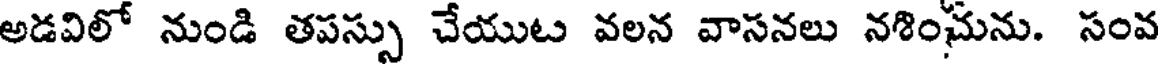
అడవిలో నుండి తపస్సు చేయుట వలన వాసనలు నశించును. సంవ